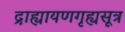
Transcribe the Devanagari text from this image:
द्राह्यायणगृह्यसूत्र